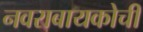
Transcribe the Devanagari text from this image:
नवराबायकोचीं